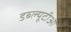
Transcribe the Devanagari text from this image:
डब्‍ल्‍यूटीओ